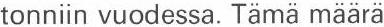
tonniin vuodessa. Tämä määrä